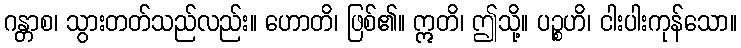
ဂန္တာစ၊ သွားတတ်သည်လည်း။ ဟောတိ၊ ဖြစ်၏။ ဣတိ၊ ဤသို့။ ပဉ္စဟိ၊ ငါးပါးကုန်သော။